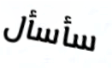
سأسأل